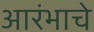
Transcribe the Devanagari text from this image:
आरंभाचे